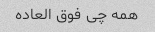
همه چی فوق العاده